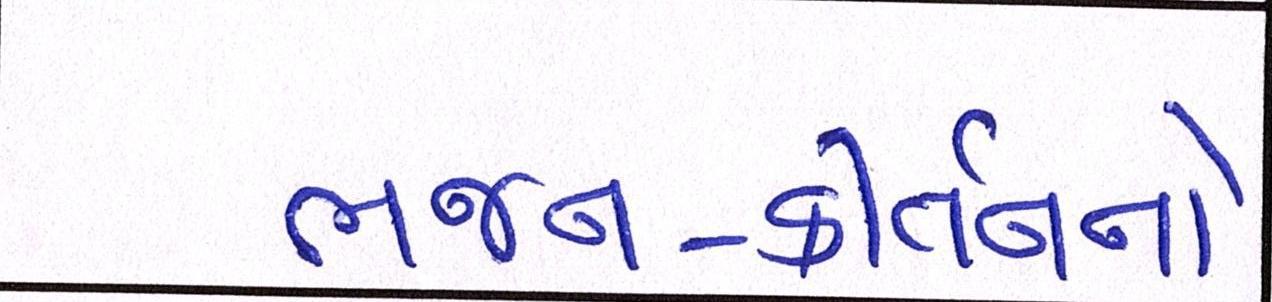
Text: ભજન-કીર્તનનો